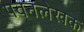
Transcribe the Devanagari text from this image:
पवनलेखक